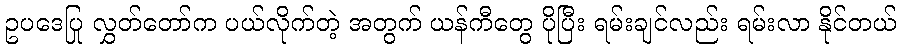
ဥပဒေပြု လွှတ်တော်က ပယ်လိုက်တဲ့ အတွက် ယန်ကီတွေ ပိုပြီး ရမ်းချင်လည်း ရမ်းလာ နိုင်တယ်